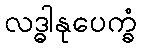
လဒ္ဓါနုပေက္ခံ